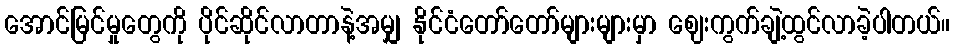
အောင်မြင်မှုတွေကို ပိုင်ဆိုင်လာတာနဲ့အမျှ နိုင်ငံတော်တော်များများမှာ ဈေးကွက်ချဲ့ထွင်လာခဲ့ပါတယ်။